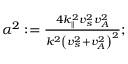
\begin{array} { r } { \alpha ^ { 2 } : = \frac { 4 k _ { \parallel } ^ { 2 } v _ { s } ^ { 2 } v _ { A } ^ { 2 } } { k ^ { 2 } \left( v _ { s } ^ { 2 } + v _ { A } ^ { 2 } \right) ^ { 2 } } ; } \end{array}